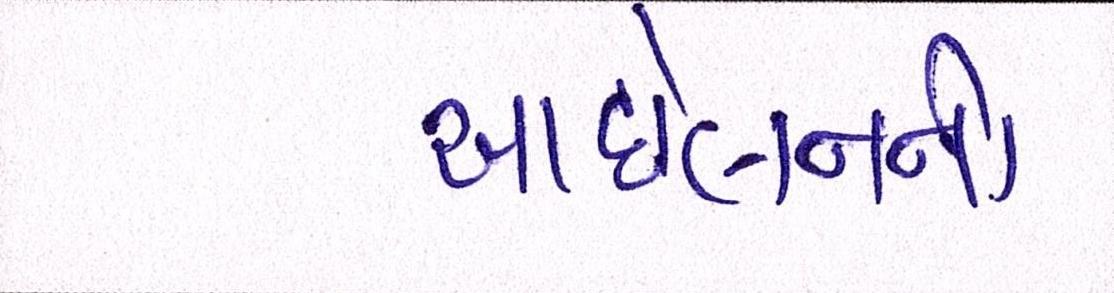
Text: આંદોલનની